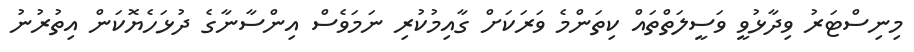
މިނިސްޓަރު ވިދާޅުވީ ވަސީލަތްތައް ކިތަންމެ ވަރަކަށް ގާއިމުކުރި ނަމަވެސް އިންސާނާގެ ދުޅަހެޔޮކަން އިތުރުނު